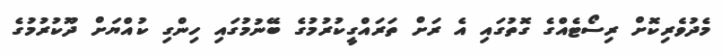
މެދުވެރިކޮށް ރިސޯޓެއްގެ ގޮތުގައި އެ ރަށް ތަރައްގީކުރުމުގެ ބޭނުމުގައި ހިންގި ކުއްޔަށް ދޫކުރުމުގެ